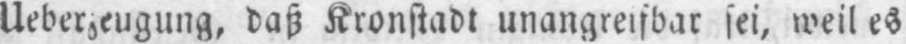
Ueberzeugung, daß Kronstadt unangreifbar sei, weil es